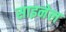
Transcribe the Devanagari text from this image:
साइनेल